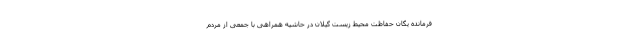
فرمانده یگان حفاظت محیط زیست گیلان در حاشیه همراهی با جمعی از مردم